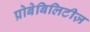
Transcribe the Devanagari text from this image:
प्रोबेबिलिटीज़